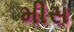
મીસ